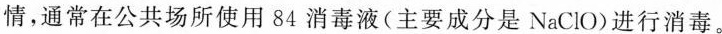
情,通常在公共场所使用84 消毒液(主要成分是NaCIO)进行消毒。